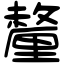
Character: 釐